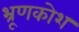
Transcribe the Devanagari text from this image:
भ्रूणकोश